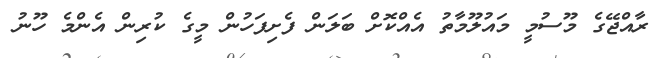
ރާއްޖޭގެ މޫސުމީ މައުލޫމާތު އެއްކޮށް ބަލަން ފެށިފަހުން މީގެ ކުރިން އެންމެ ހޫނު